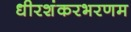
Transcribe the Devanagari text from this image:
धीरशंकरभरणम